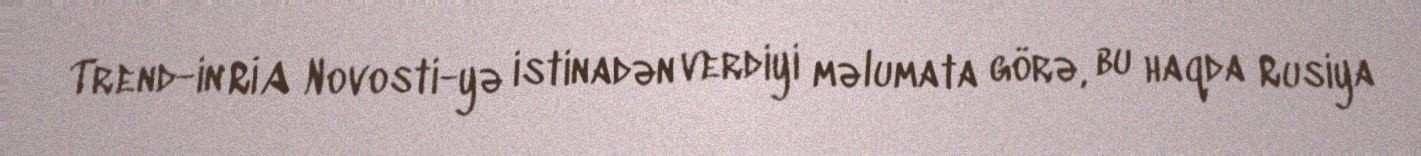
Trend-in RİA Novosti-yə istinadən verdiyi məlumata görə, bu haqda Rusiya